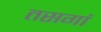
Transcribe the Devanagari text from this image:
तसगां